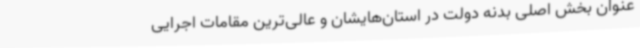
عنوان بخش اصلی بدنه دولت در استان‌هایشان و عالی‌ترین مقامات اجرایی